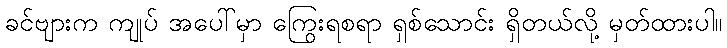
ခင်ဗျားက ကျုပ် အပေါ်မှာ ကြွေးရစရာ ရှစ်သောင်း ရှိတယ်လို့ မှတ်ထားပါ။